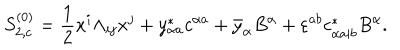
S _ { 2 , c } ^ { ( 0 ) } = { \frac { 1 } { 2 } } x ^ { i } \Lambda _ { i j } x ^ { j } + y _ { \alpha a } ^ { * } c ^ { \alpha a } + \bar { y } _ { \alpha } B ^ { \alpha } + \varepsilon ^ { a b } c _ { \alpha a | b } ^ { * } B ^ { \alpha } .